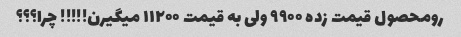
رو‌محصول قیمت زده ۹۹۰۰ ولی به قیمت ۱۱۲۰۰ میگیرن!!!!! چرا؟؟؟